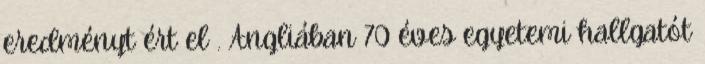
eredményt ért el . Angliában 70 éves egyetemi hallgatót